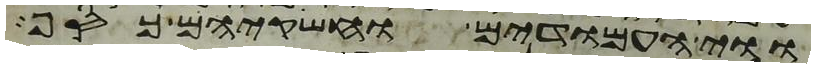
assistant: ווי העמודים וחשקיהם כסף